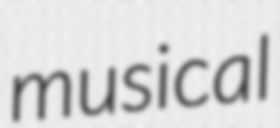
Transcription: musical